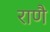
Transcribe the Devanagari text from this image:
राणै